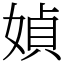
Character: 媜